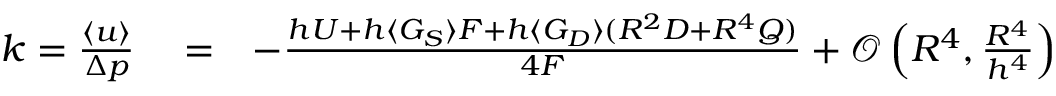
\begin{array} { r l r } { k = \frac { \langle u \rangle } { \Delta p } } & { { } = } & { - \frac { h U + h \langle G _ { S } \rangle F + h \langle G _ { D } \rangle ( R ^ { 2 } D + R ^ { 4 } Q ) } { 4 F } + \mathcal { O } \left( R ^ { 4 } , \frac { R ^ { 4 } } { h ^ { 4 } } \right) } \end{array}